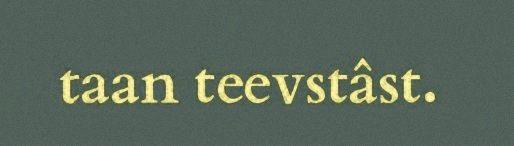
taan teevstâst.